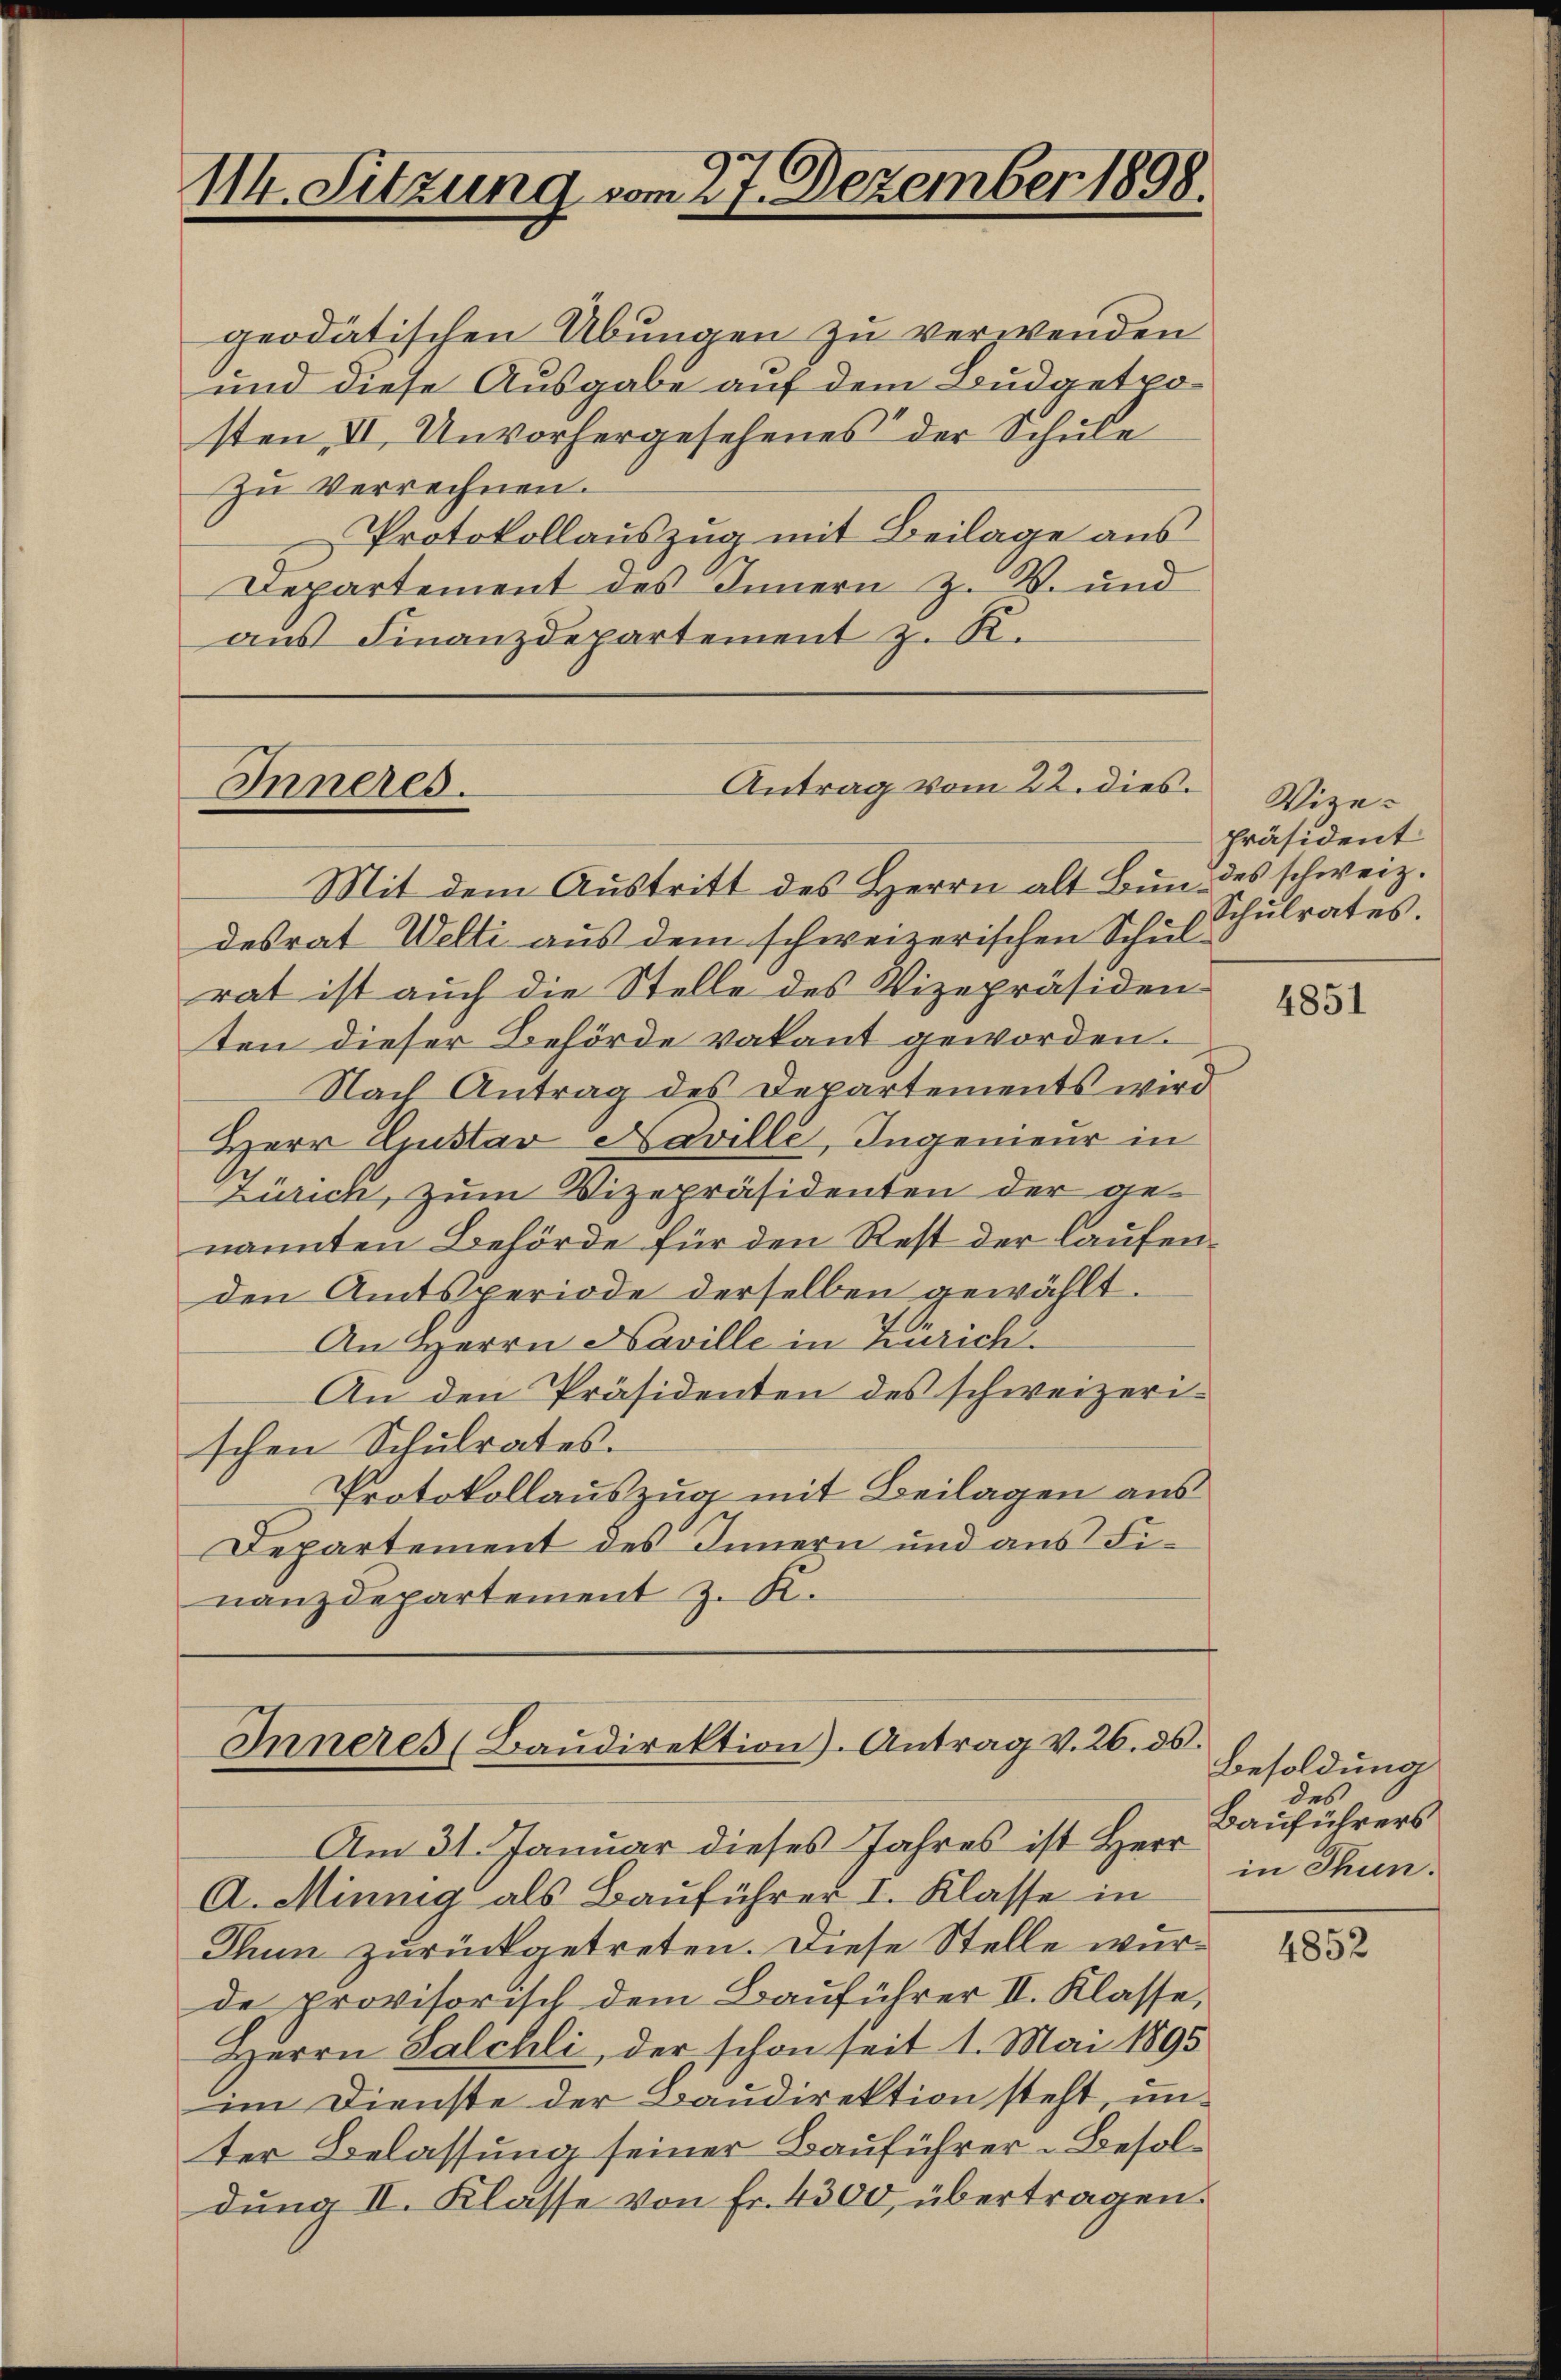
114. Sitzung vom 27. Dezember 1898.

Inneres.

geodätischen Übungen zu verwenden
und diese Ausgabe auf dem Budgetposten II. Unvorhergesehenes der Schule
Zu Verrechnen.
Protokollauszug mit Beilage aus
Departement des Innern Z. V. und
aus Finanzdepartement z. K.

Antrag vom 22. dies

Inneres (Baŭdirektion). Antrag v. 26. ds.

Am 31. Januar dieses Jahres ist Herr
A. Mining als Bauführer I. Klasse in

Thun zurückgetreten. Diese Stelle wurde provisorisch dem Bauführer II. Klasse,
Herrn Salchli, der schon seit 1. Mai 1895
im Dienste der Baudirektion steht, unter Belassung seiner Bauführer-Besoldung II. Klasse von Fr. 4300, übertragen.

Mit dem Austritt des Herrn alt Bund des schweiz.
desrat Welti aus dem schweizerischen Schul-
rat ist auch die Stelle des Vizepräsiden
ten dieser Behörde vakant geworden.
Nach Antrag des Departements wird
Herr Gustav Paville, Ingenieur in
Zürich, zum Vizepräsidenten der genannten Behörde für den Rest der laufenden Amtsperiode derselben gewählt.
An Herrn Naville in Zürich.
An den Präsidenten des schweizerischen Schulrates.
Protokollauszug mit Beilagen aus
Departement des Innern und aus Finanzdepartement z. K.

Vize-
Präsident
Schulrates.

4851

Besoldung
des
Bauführers
in Thun.

4852